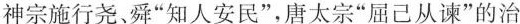
神宗施行尧、舜”知人安民”，唐太宗”屈己从谏”的治